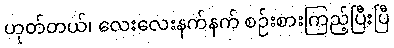
ဟုတ်တယ်၊ လေးလေးနက်နက် စဉ်းစားကြည့်ပြီးပြီ